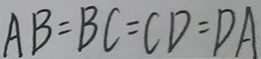
A B = B C = C D = D A